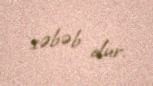
səbəb olur.